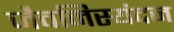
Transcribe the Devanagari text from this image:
जैवनिस्यंदन